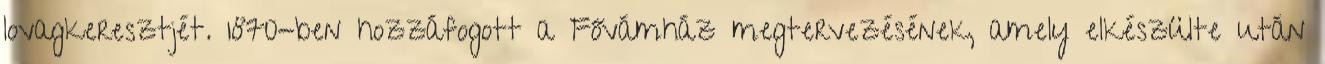
lovagkeresztjét. 1870-ben hozzáfogott a Fővámház megtervezésének, amely elkészülte után